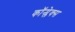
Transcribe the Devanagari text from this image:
कॉन्प्लेक्स